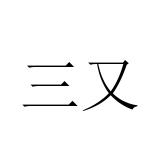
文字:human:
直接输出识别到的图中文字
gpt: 三又